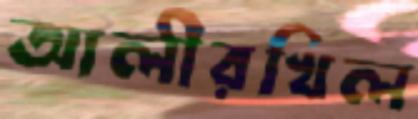
আলীরখিল